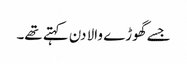
جسے گھوڑے والا دن کہتے تھے۔